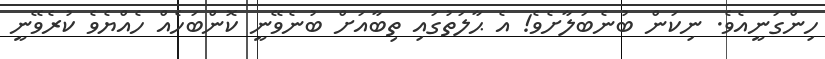
ހިންގަނީއެވެ. ނިކަން ބުނެބަލާށެވެ! އެ ޙާލަތުގައި ތިބާއަށް ބުނެވޭނީ ކޮންބަހެއް ހެއްޔެވެ ކުރެވޭނީ